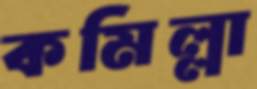
কমিল্লা